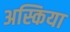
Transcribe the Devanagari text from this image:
अस्किया